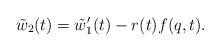
LaTeX: \begin{align*} \tilde{w}_{2}(t)=\tilde{w}_{1}^{\prime}(t)-r(t)f(q,t).\end{align*}